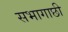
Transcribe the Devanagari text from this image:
सभागाछी